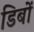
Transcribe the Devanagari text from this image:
डिबों